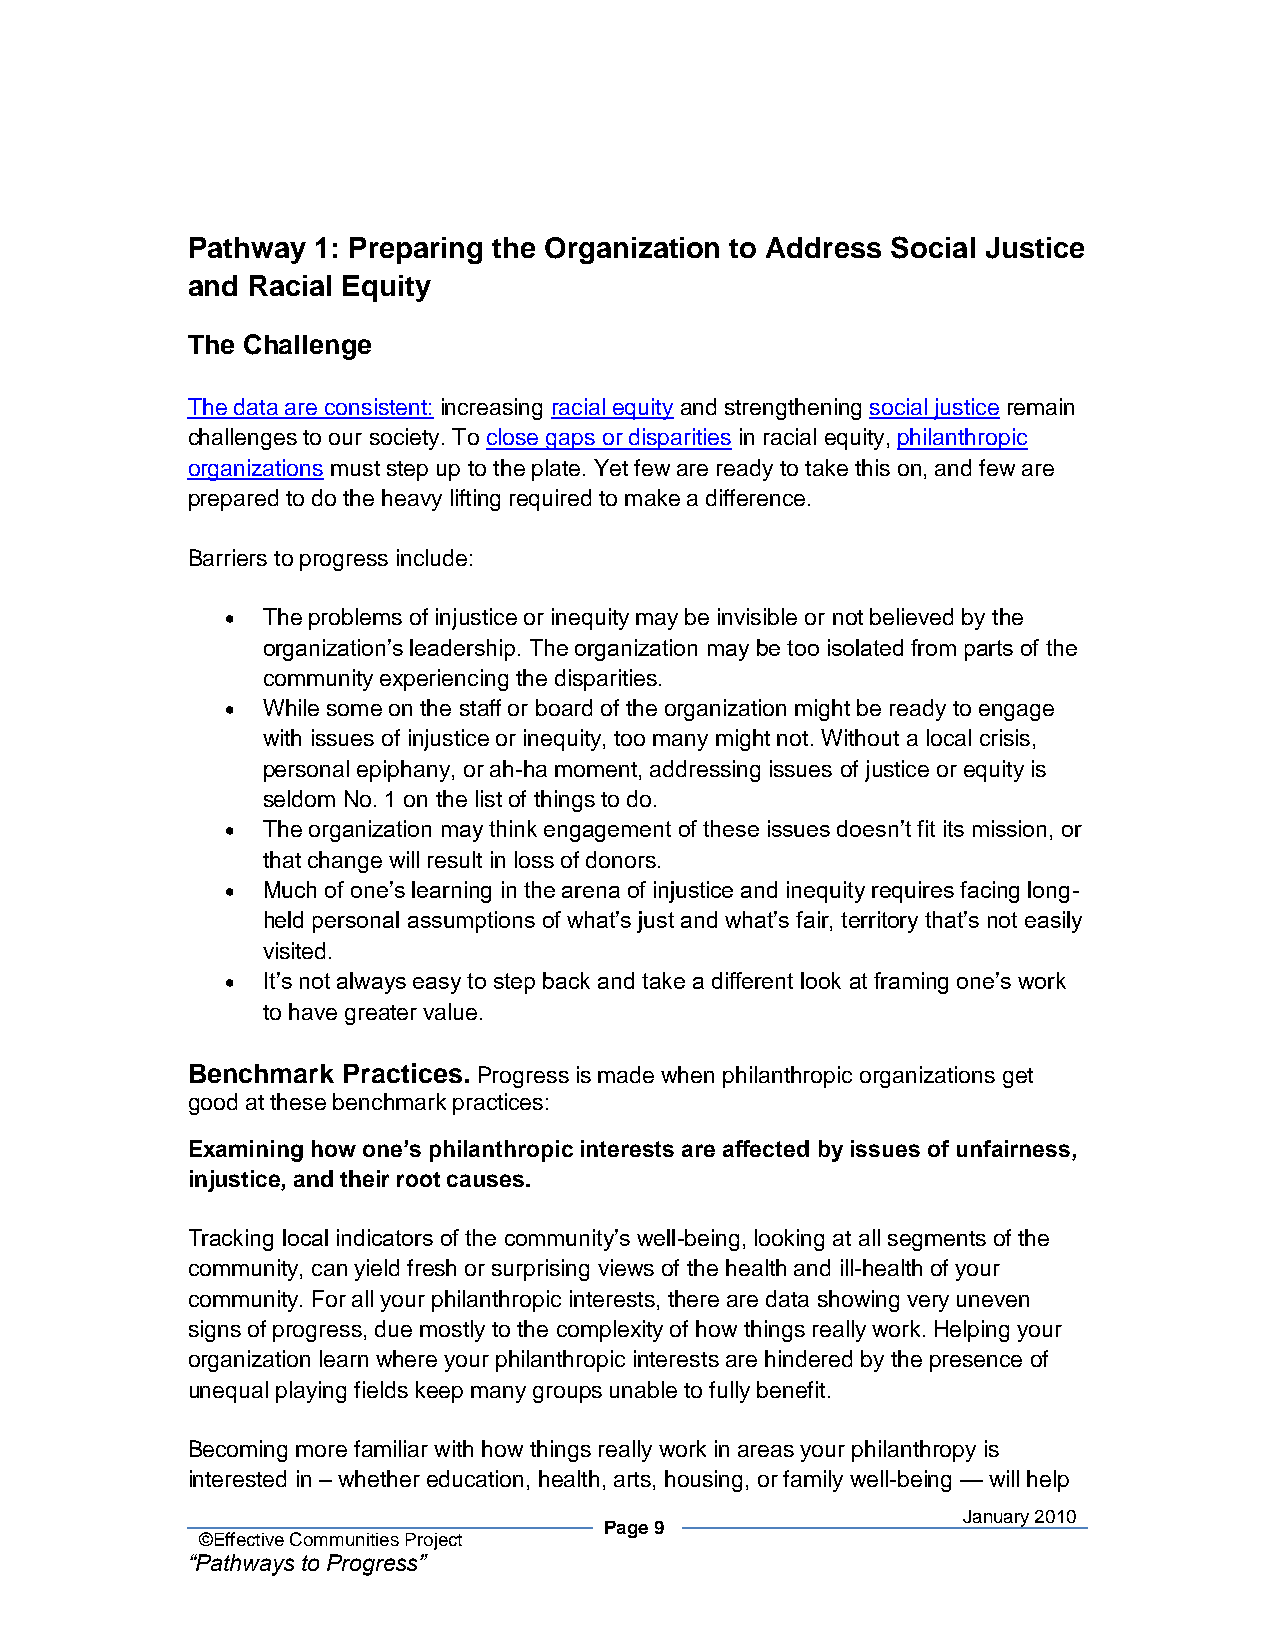
Pathway  1: Preparing the Organization to Address Social Justice
 and Racial Equity
 The Challenge
 The data are consistent: increasing racial equity and strengthening social justice remain
 challenges to our society. To close gaps or disparities in racial equity, philanthropic
 organizations must step up to the plate. Yet few are ready to take this on, and few are
 prepared to do the heavy lifting required to make a difference.
 Barriers to progress include:
 • The problems of injustice or inequity may be invisible or not believed by the
 organization’s leadership. The organization may be too isolated from parts of the
 community experiencing the disparities.
 • While some on the staff or board of the organization might be ready to engage
 with issues of injustice or inequity, too many might not. Without a local crisis,
 personal epiphany, or ah-ha moment, addressing issues of justice or equity is
 seldom No. 1 on the list of things to do.
 • The organization may think engagement of these issues doesn’t fit its mission, or
 that change will result in loss of donors.
 • Much of one’s learning in the arena of injustice and inequity requires facing long-
 held personal assumptions of what’s just and what’s fair, territory that’s not easily
 visited.
 • It’s not always easy to step back and take a different look at framing one’s work
 to have greater value.
 Benchmark  Practices. Progress is made when philanthropic organizations get
 good at these benchmark practices:
 Examining how one’s philanthropic interests are affected by issues of unfairness,
 injustice, and their root causes.
 Tracking local indicators of the community’s well-being, looking at all segments of the
 community, can yield fresh or surprising views of the health and ill-health of your
 community. For all your philanthropic interests, there are data showing very uneven
 signs of progress, due mostly to the complexity of how things really work. Helping your
 organization learn where your philanthropic interests are hindered by the presence of
 unequal playing fields keep many groups unable to fully benefit.
 Becoming more familiar with how things really work in areas your philanthropy is
 interested in – whether education, health, arts, housing, or family well-being — will help
 January 2010
 Page 9
 ©Effective Communities Project
 “Pathways to Progress”